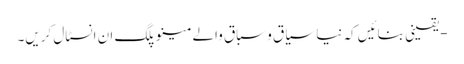
- یقینی بنائیں کہ نیا سیاق و سباق والے مینو پلگ ان انسٹال کریں۔